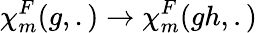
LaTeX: {\chi}_{m}^{F}(g,.)\rightarrow{\chi}_{m}^{F}(gh,.)